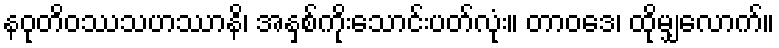
နဝုတိဝဿသဟဿာနိ၊ အနှစ်ကိုးသောင်းပတ်လုံး။ တာဝဒေ၊ ထိုမျှလောက်။